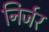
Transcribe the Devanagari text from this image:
निर्जर